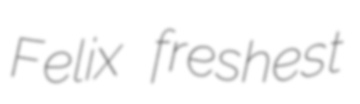
Felix freshest